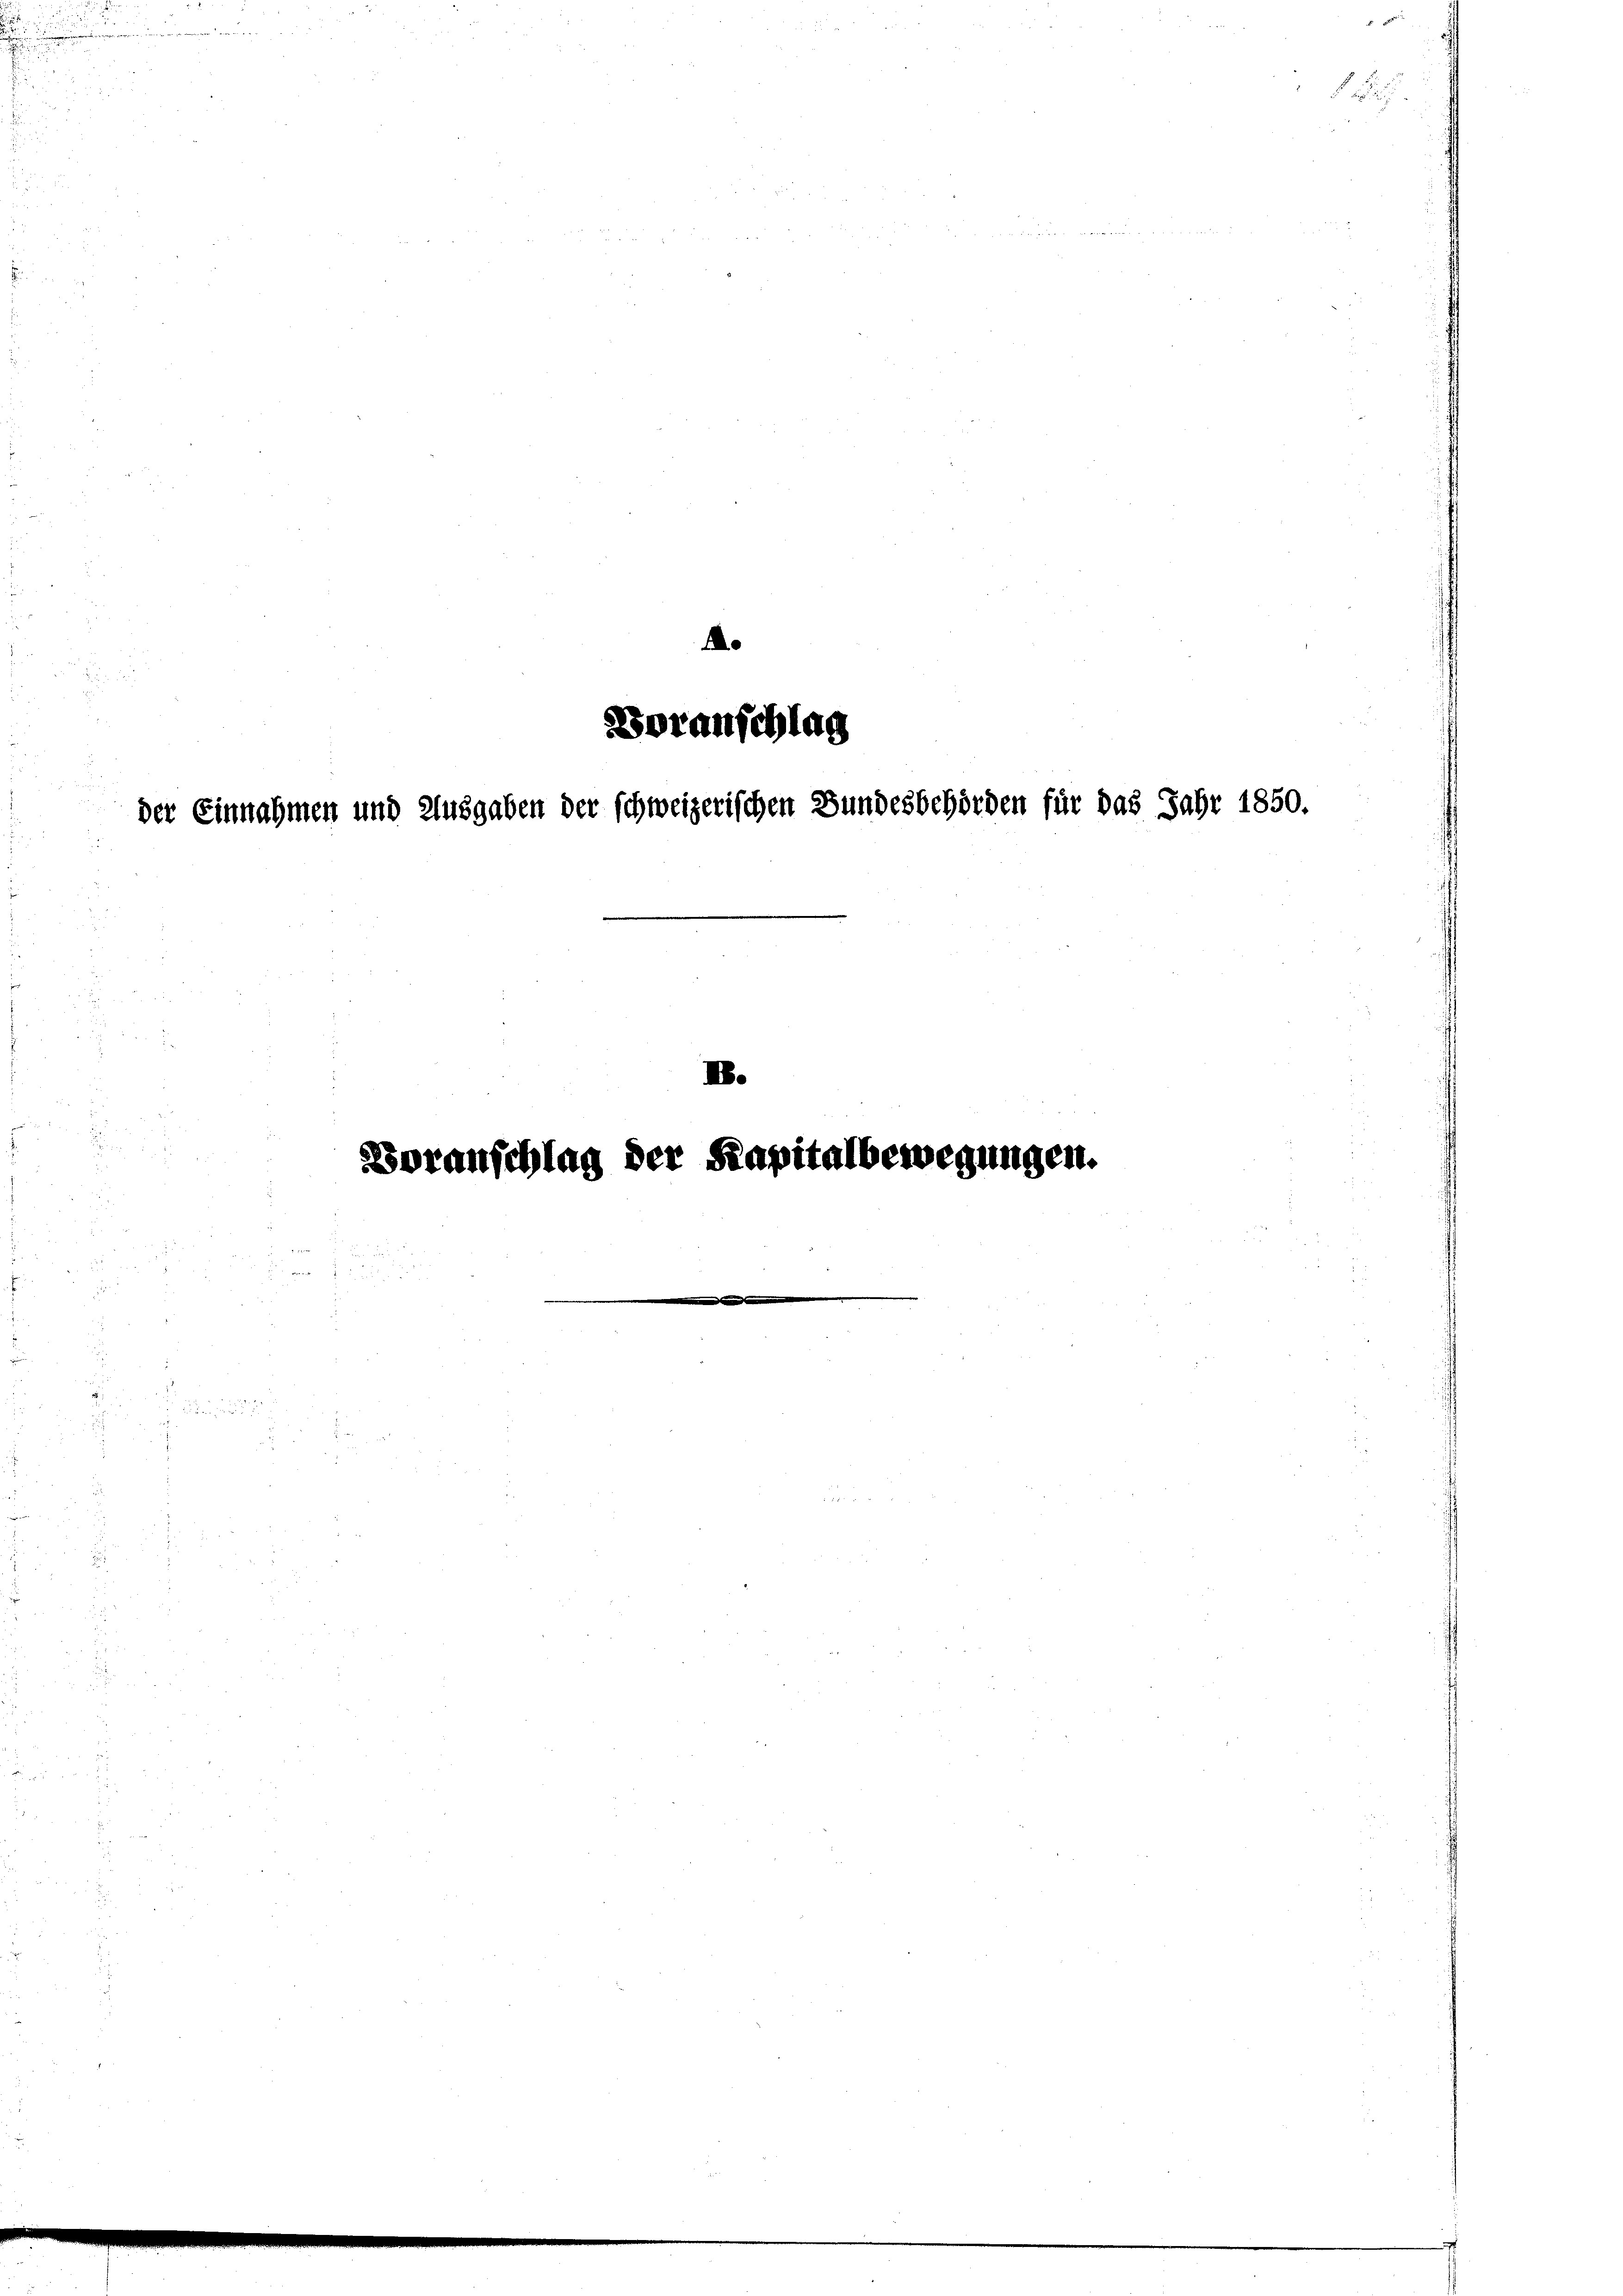
A

der Einnahmen und Ausgaben der schweizerischen Bundesbehörden für das Jahr 1850.

Voranschlag der Kapitalbewegungen.

Voranschlag